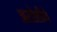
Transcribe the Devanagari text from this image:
असोशीने